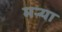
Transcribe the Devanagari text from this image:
मर्‍या